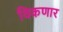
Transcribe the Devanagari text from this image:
विकणार